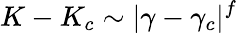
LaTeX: K-K_{c}\sim|\gamma-\gamma_{c}|^{f}